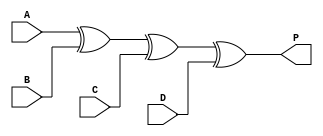
`timescale 1ns / 1ps


module generator(
    input A,
    input B,
    input C,
    input D,
    output P
    );
assign P=A^B^C^D;
endmodule